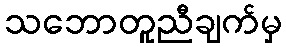
သဘောတူညီချက်မှ